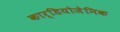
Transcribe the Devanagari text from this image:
कार्डियोजेनिक